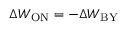
\Delta W _ { \mathrm { O N } } = - \Delta W _ { \mathrm { B Y } }